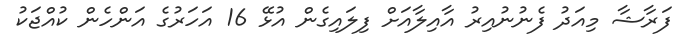
ފަރާޝާ މިއަދު ފެނުނުއިރު އާއިލާއަށް ފިލައިގެން އުޅޭ 16 އަހަރުގެ އަންހެން ކުއްޖަކު